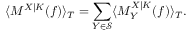
\langle M ^ { X | K } ( f ) \rangle _ { T } = \sum _ { Y \in \mathcal { S } } \langle M _ { Y } ^ { X | K } ( f ) \rangle _ { T } .